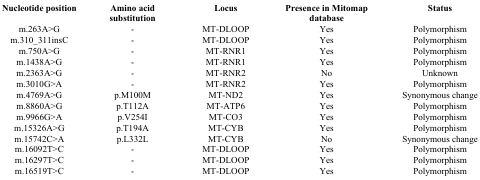
<table><thead><tr><td><b>Nucleotide position</b></td><td><b>Amino acid substitution</b></td><td><b>Locus</b></td><td><b>Presence in Mitomap database</b></td><td><b>Status</b></td></tr></thead><tbody><tr><td>m.263A&gt;G</td><td>-</td><td>MT-DLOOP</td><td>Yes</td><td>Polymorphism</td></tr><tr><td>m.310_311insC</td><td>-</td><td>MT-DLOOP</td><td>Yes</td><td>Polymorphism</td></tr><tr><td>m.750A&gt;G</td><td>-</td><td>MT-RNR1</td><td>Yes</td><td>Polymorphism</td></tr><tr><td>m.1438A&gt;G</td><td>-</td><td>MT-RNR1</td><td>Yes</td><td>Polymorphism</td></tr><tr><td>m.2363A&gt;G</td><td>-</td><td>MT-RNR2</td><td>No</td><td>Unknown</td></tr><tr><td>m.3010G&gt;A</td><td>-</td><td>MT-RNR2</td><td>Yes</td><td>Polymorphism</td></tr><tr><td>m.4769A&gt;G</td><td>p.M100M</td><td>MT-ND2</td><td>Yes</td><td>Synonymous change</td></tr><tr><td>m.8860A&gt;G</td><td>p.T112A</td><td>MT-ATP6</td><td>Yes</td><td>Polymorphism</td></tr><tr><td>m.9966G&gt;A</td><td>p.V254I</td><td>MT-CO3</td><td>Yes</td><td>Polymorphism</td></tr><tr><td>m.15326A&gt;G</td><td>p.T194A</td><td>MT-CYB</td><td>Yes</td><td>Polymorphism</td></tr><tr><td>m.15742C&gt;A</td><td>p.L332L</td><td>MT-CYB</td><td>No</td><td>Synonymous change</td></tr><tr><td>m.16092T&gt;C</td><td>-</td><td>MT-DLOOP</td><td>Yes</td><td>Polymorphism</td></tr><tr><td>m.16297T&gt;C</td><td>-</td><td>MT-DLOOP</td><td>Yes</td><td>Polymorphism</td></tr><tr><td>m.16519T&gt;C</td><td>-</td><td>MT-DLOOP</td><td>Yes</td><td>Polymorphism</td></tr></tbody></table>